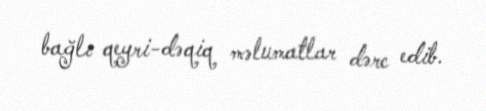
bağlı qeyri-dəqiq məlumatlar dərc edib.